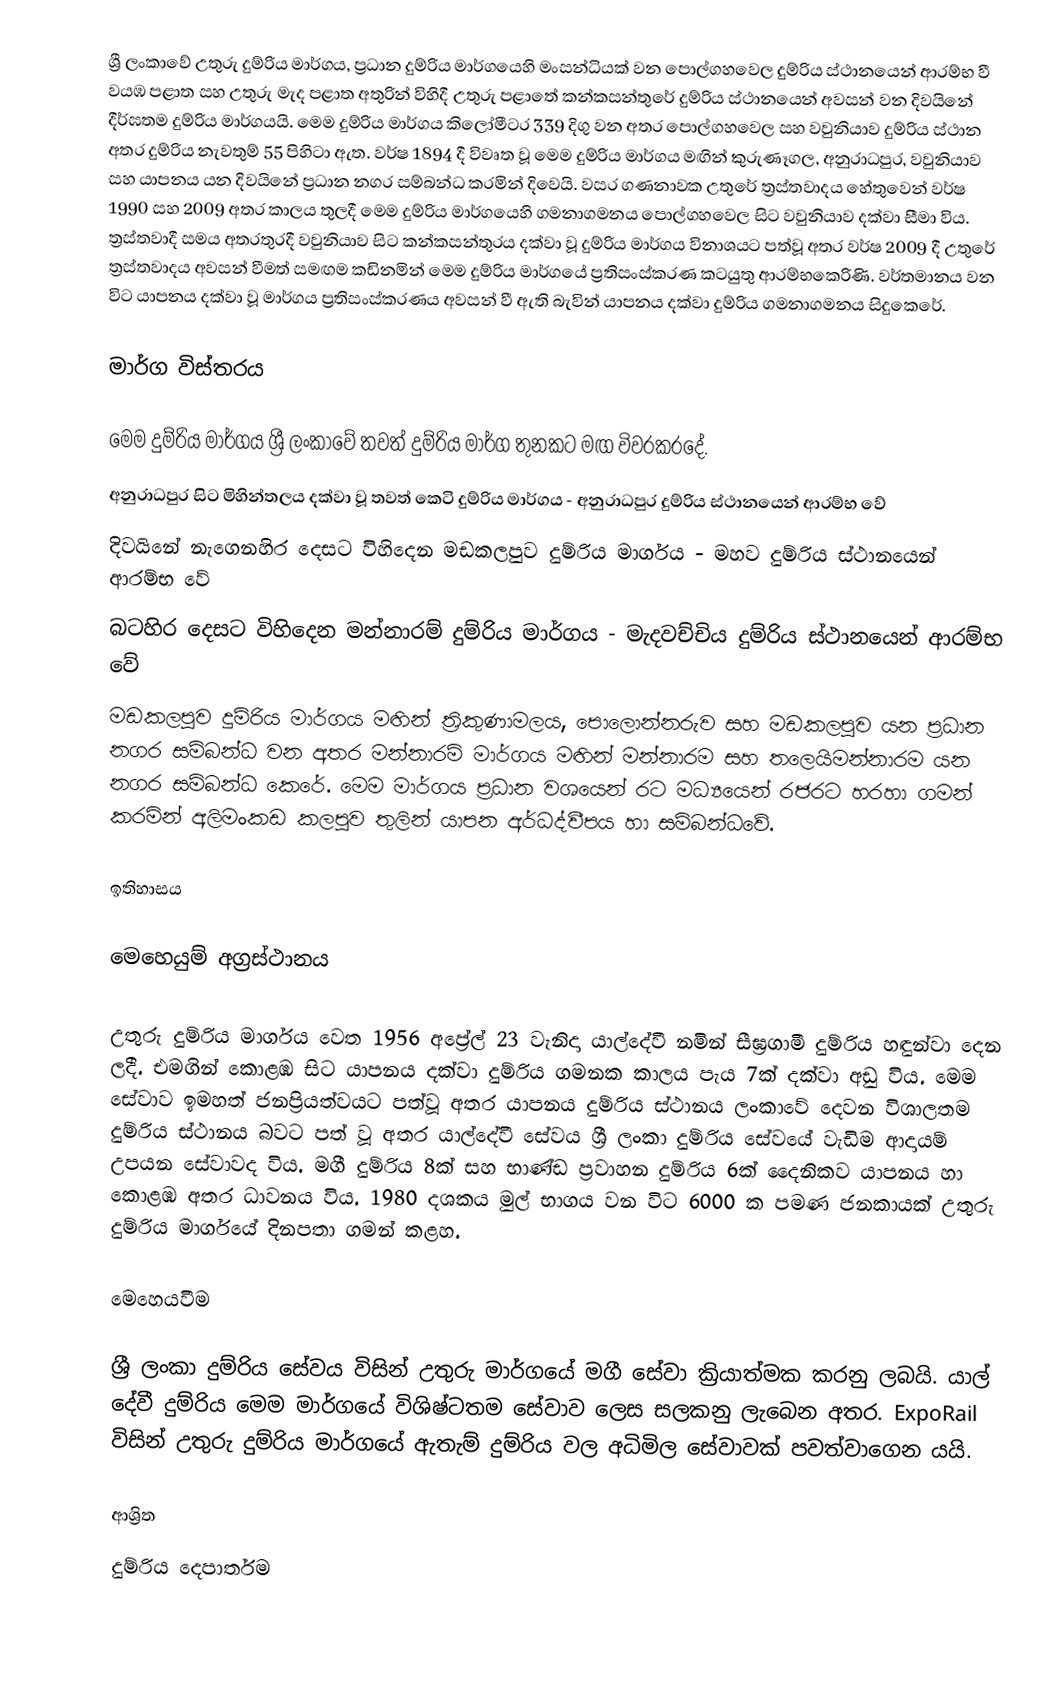
ශ්‍රී ලංකාවේ උතුරු දුම්රිය මාර්ගය, ප්‍රධාන දුම්රිය මාර්ගයෙහි මංසන්ධියක් වන පොල්ගහවෙල දුම්රිය ස්ථානයෙන් ආරම්භ වී වයඹ පළාත සහ උතුරු මැද පළාත අතුරින් විහිදී උතුරු පළා‍තේ කන්කසන්තුරේ දුම්රිය ස්ථානයෙන් අවසන් වන දිවයිනේ දීර්ඝතම දුම්රිය මාර්ගයයි. මෙම දුම්රිය මාර්ගය කිලෝමීටර 339 දිගු වන අතර පොල්ගහවෙල සහ වවුනියාව දුම්රිය ස්ථාන අතර දුම්රිය නැවතුම් 55 පිහිටා ඇත. වර්ෂ 1894 දී විවෘත වූ මෙම දුම්රිය මාර්ගය මඟින් කුරුණෑගල, අනුරාධපුර, වවුනියාව සහ යාපනය යන දිවයිනේ ප්‍රධාන නගර සම්බන්ධ කරමින් දිවෙයි. වසර ගණනාවක උතුරේ ත්‍රස්තවාදය හේතුවෙන් වර්ෂ 1990 සහ 2009 අතර කාලය තුලදී මෙම දුම්රිය මාර්ගයෙහි ගමනාගමනය පොල්ගහවෙල සිට වවුනියාව දක්වා සීමා විය. ත්‍රස්තවාදී සමය අතරතුරදී වවුනියාව සිට කන්කසන්තුරය දක්වා වූ දුම්රිය මාර්ගය විනාශයට පත්වූ අතර වර්ෂ 2009 දී  උතුරේ ත්‍රස්තවාදය අවසන් වීමත් සමඟම කඩිනමින් මෙම දුම්රිය මාර්ග‍යේ ප්‍රතිසංස්කරණ කටයුතු ආරම්භකෙරිණි. වර්තමානය වන විට යාපනය දක්වා වූ මාර්ගය ප්‍රතිසංස්කරණය අවසන් වී ඇති බැවින් යාපනය දක්වා දුම්රිය ගමනාගමනය සිදුකෙරේ.

මාර්ග විස්තරය

මෙම දුම්රිය මාර්ගය ශ්‍රී ලංකාවේ තවත් දුම්රිය මාර්ග තුනකට මඟ විවරකරදේ.
 අනුරාධපුර සිට මිහින්තලය දක්වා වූ තවත් කෙටි දුම්රිය මාර්ගය - අනුරාධපුර දුම්රිය ස්ථානයෙන් ආරම්භ වේ
 දිවයිනේ නැගෙනහිර දෙසට විහිදෙන මඩකලපුව දුම්රිය මාර්ගය -  මහව දුම්රිය ස්ථානයෙන් ආරම්භ වේ
 බටහිර දෙසට විහිදෙන මන්නාරම් දුම්රිය මාර්ගය -   මැදවච්චිය දුම්රිය ස්ථානයෙන් ආරම්භ වේ
මඩකලපුව දුම්රිය මාර්ගය මඟින් ත්‍රිකුණාමලය, පොලොන්නරුව සහ මඩකලපුව යන ප්‍රධාන නගර සම්බන්ධ වන අතර මන්නාරම් මාර්ගය මඟින් මන්නාරම සහ තලෙයිමන්නාරම යන නගර සම්බන්ධ කෙරේ. මෙම මාර්ගය ප්‍රධාන වශයෙන් රට මධ්‍යයෙන් රජරට හරහා ගමන් කරමින් අලිමංකඩ කලපුව තුලින් යාපන අර්ධද්වීපය හා සම්බන්ධවේ.

ඉතිහාසය

මෙහෙයුම් අග්‍රස්ථානය

උතුරු දුම්රිය මාර්ගය වෙත 1956 අප්‍රේල් 23 වැනිදා යාල්දේවී නමින් සීඝ්‍රගාමී දුම්රිය හඳුන්වා දෙන ලදී. එමගින් කොළඹ සිට යාපනය දක්වා දුම්රිය ගමනක කාලය පැය 7ක් දක්වා අඩු විය.     මෙම සේවාව ඉමහත් ජනප්‍රියත්වයට පත්වූ අතර යාපනය දුම්රිය ස්ථානය ලංකාවේ දෙවන විශාලතම දුම්රිය ස්ථානය බවට පත් වූ අතර යාල්දේවී සේවය ශ්‍රී ලංකා දුම්රිය සේවයේ වැඩිම ආදායම් උපයන සේවාවද විය.    මගී දුම්රිය 8ක් සහ භාණ්ඩ ප්‍රවාහන දුම්රිය 6ක් දෛනිකව යාපනය හා කොළඹ අතර ධාවනය විය. 1980 දශකය මුල් භාගය වන විට 6000 ක පමණ ජනකායක් උතුරු දුම්රිය මාර්ගයේ දිනපතා ගමන් කළහ.

මෙහෙයවීම

ශ්‍රී ලංකා දුම්රිය සේවය විසින් උතුරු මාර්ගයේ මගී සේවා ක්‍රියාත්මක කරනු ලබයි. යාල් දේවී දුම්රිය මෙම මාර්ගයේ විශිෂ්ටතම සේවාව ලෙස සලකනු ලැබෙන අතර. ExpoRail විසින් උතුරු දුම්රිය මාර්ගයේ ඇතැම් දුම්රිය වල අධිමිල සේවාවක් පවත්වාගෙන යයි.

ආශ්‍රිත
 දුම්රිය දෙපාර්තම